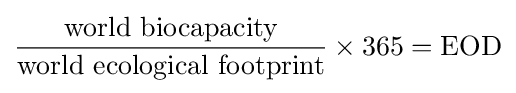
{\frac {\text{world biocapacity}}{\text{world ecological footprint}}}\times 365={\text{EOD}}